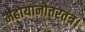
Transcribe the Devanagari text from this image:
महायानोत्तरतंत्र।